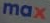
max